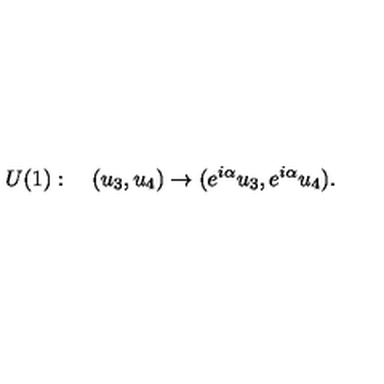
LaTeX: U ( 1 ) : \quad ( u _ { 3 } , u _ { 4 } ) \to ( e ^ { i \alpha } u _ { 3 } , e ^ { i \alpha } u _ { 4 } ) .